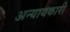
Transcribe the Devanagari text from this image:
अन्यायकारी